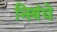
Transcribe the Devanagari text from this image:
निबंधे